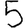
Digit: 5